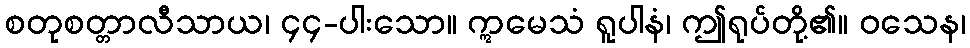
စတုစတ္တာလီသာယ၊ ၄၄-ပါးသော။ ဣမေသံ ရူပါနံ၊ ဤရုပ်တို့၏။ ဝသေန၊